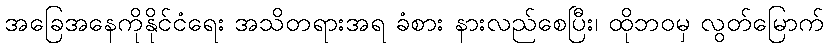
အခြေအနေကိုနိုင်ငံရေး အသိတရားအရ ခံစား နားလည်စေပြီး၊ ထိုဘဝမှ လွတ်မြောက်